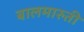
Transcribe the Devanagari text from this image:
बालमारुती